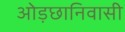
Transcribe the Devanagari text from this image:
ओड़छानिवासी